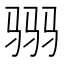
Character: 𱅒